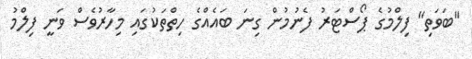
"ބަވަތި" ފިލްމުގެ ޕޯސްޓަރު ފެނުމުން ގިނަ ބައެއްގެ ހިތްތަކުގައި މިހާރުވެސް ވަނީ ފިލްމު